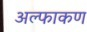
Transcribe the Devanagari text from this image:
अल्फाकण